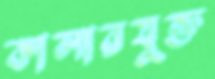
কালারযুক্ত